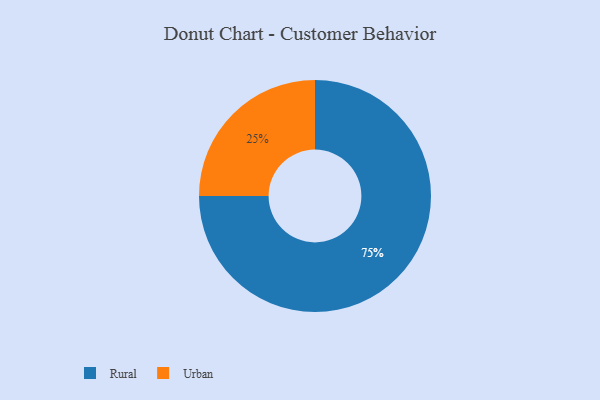
{"axis": {"x": "Category", "y": "Percentage"}, "legend": ["Rural", "Urban"], "data": [{"x": "Rural", "y": 75, "type": "Rural"}, {"x": "Urban", "y": 25, "type": "Urban"}]}